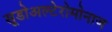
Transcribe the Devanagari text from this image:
सूडोअल्टेरोमोनाज